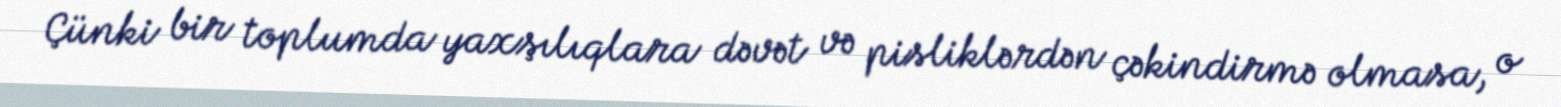
Çünki bir toplumda yaxşılıqlara dəvət və pisliklərdən çəkindirmə olmasa, o